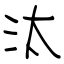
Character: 汰